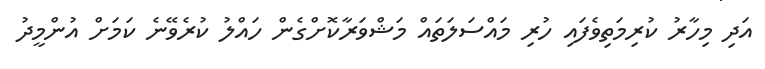
އަދި މިހާރު ކުރިމަތިވެފައި ހުރި މައްސަލަތައް މަޝްވަރާކޮށްގެން ހައްލު ކުރެވޭނެ ކަމަށް އުންމީދު